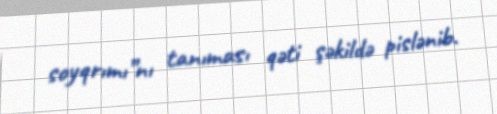
soyqrımı”nı tanıması qəti şəkildə pislənib.